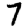
Digit: 7